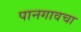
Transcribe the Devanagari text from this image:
पानगावचा